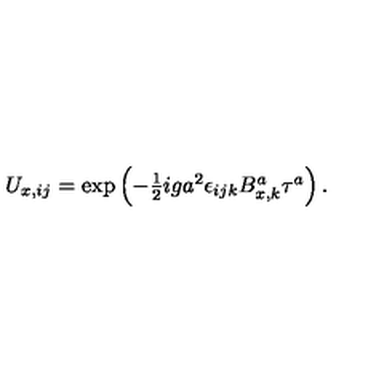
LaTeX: U _ { x , i j } = \exp \left( - \textstyle { { \frac { 1 } { 2 } } } i g a ^ { 2 } \epsilon _ { i j k } B _ { x , k } ^ { a } \tau ^ { a } \right) .